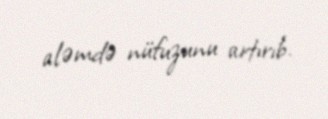
aləmdə nüfuzunu artırıb.